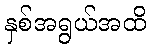
နှစ်အရွယ်အထိ